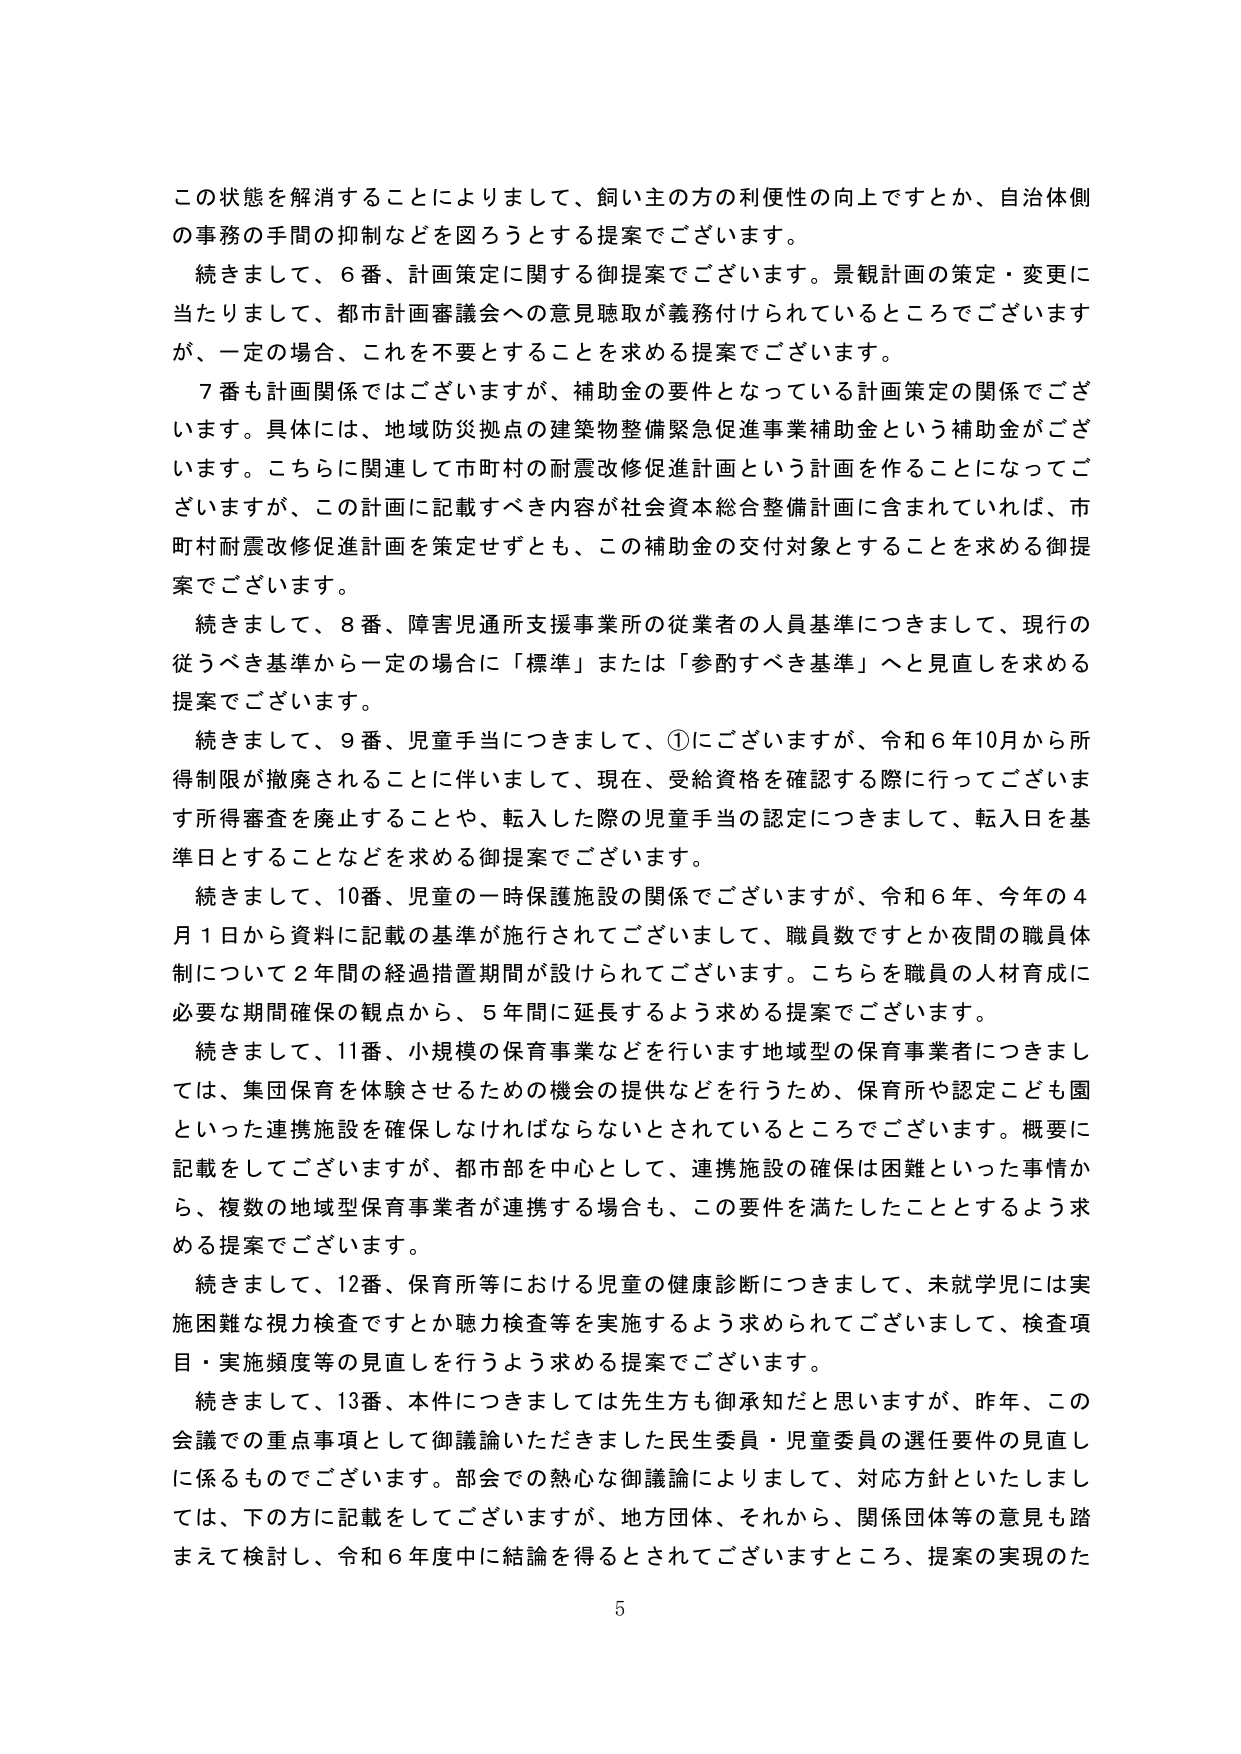
この状態を解消することによりまして、飼い主の方の利便性の向上ですとか、自治体側の事務の手間の抑制などを図ろうとする提案でございます。

続きまして、6番、計画策定に関する御提案でございます。景観計画の策定・変更に当たりまして、都市計画審議会への意見聴取が義務付けられているところでございますが、一定の場合、これを不要とすることを求める提案でございます。

7番も計画関係ではございますが、補助金の要件となっている計画策定の関係でございます。具体には、地域防災拠点の建築物整備緊急促進事業補助金という補助金がございます。こちらに関連して市町村の耐震改修促進計画という計画を作ることになってございますが、この計画に記載すべき内容が社会資本総合整備計画に含まれていれば、市町村耐震改修促進計画を策定せずとも、この補助金の交付対象とすることを求める御提案でございます。

続きまして、8番、障害児通所支援事業所の従業者の人員基準につきまして、現行の従うべき基準から一定の場合に「標準」または「参酌すべき基準」へと見直しを求める提案でございます。

続きまして、9番、児童手当につきまして、①にございますが、令和6年10月から所得制限が撤廃されることに伴いまして、現在、受給資格を確認する際に行ってございます所得審査を廃止することや、転入した際の児童手当の認定につきまして、転入日を基準日とすることなどを求める御提案でございます。

続きまして、10番、児童の一時保護施設の関係でございますが、令和6年、今年の4月1日から資料に記載の基準が施行されてございまして、職員数ですとか夜間の職員体制について2年間の経過措置期間が設けられてございます。こちらを職員の人材育成に必要な期間確保の観点から、5年間に延長するよう求める提案でございます。

続きまして、11番、小規模の保育事業などを行います地域型の保育事業者につきましては、集団保育を体験させるための機会の提供などを行うため、保育所や認定こども園といった連携施設を確保しなければならないとされているところでございます。概要に記載をしてございますが、都市部を中心として、連携施設の確保は困難といった事情から、複数の地域型保育事業者が連携する場合も、この要件を満たしたこととするよう求める提案でございます。

続きまして、12番、保育所等における児童の健康診断につきまして、未就学児には実施困難な視力検査ですとか聴力検査等を実施するよう求められてございまして、検査項目・実施頻度等の見直しを行うよう求める提案でございます。

続きまして、13番、本件につきましては先生方も御承知だと思いますが、昨年、この会議での重点事項として御議論いただきました民生委員・児童委員の選任要件の見直しに係るものでございます。部会での熱心な御議論によりまして、対応方針といたしましては、下の方に記載をしてございますが、地方団体、それから、関係団体等の意見も踏まえて検討し、令和6年度中に結論を得るとされてございますところ、提案の実現のた

5